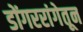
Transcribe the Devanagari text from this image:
डोंगररांगेतून